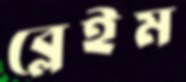
ব্লেইম